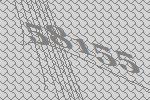
58155